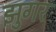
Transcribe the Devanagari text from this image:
झुगर